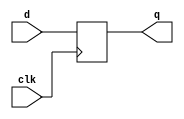
module d_flip_flop (
    input wire clk,
    input wire d,
    output reg q
);

always @(posedge clk)
begin
    q <= d;
end

endmodule